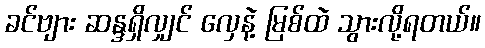
ခင်ဗျား ဆန္ဒရှိလျှင် လှေနဲ့ မြစ်ထဲ သွားလို့ရတယ်။